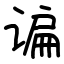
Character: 谝